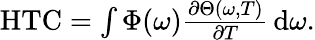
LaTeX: \begin{array}{r}{\mathrm{HTC}=\int\Phi(\omega)\frac{\partial\Theta(\omega,T)}{\partial T}\, \mathrm{d}\omega.}\end{array}